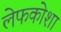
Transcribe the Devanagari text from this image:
लेफकोशा